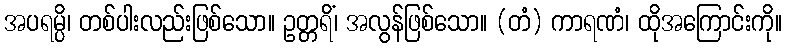
အပရမ္ပိ၊ တစ်ပါးလည်းဖြစ်သော။ ဥတ္တရိံ၊ အလွန်ဖြစ်သော။ (တံ) ကာရဏံ၊ ထိုအကြောင်းကို။